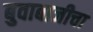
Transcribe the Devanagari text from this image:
बुवाबाजीचा